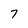
Character: 7